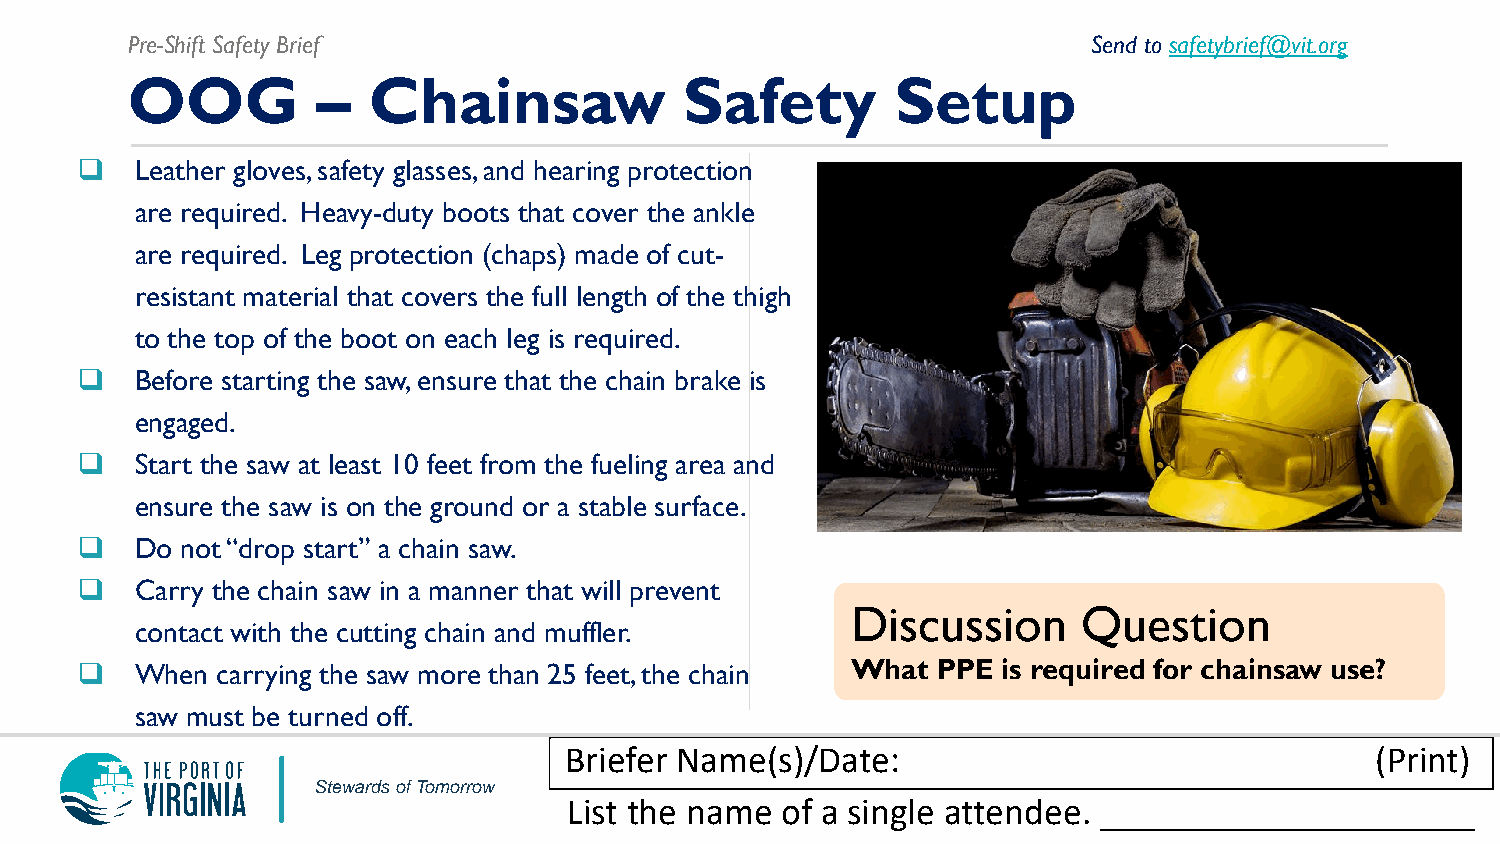
Pre-Shift Safety Brief                                          Send to safetybrief@vit.org
 OOG          –  Chainsaw             Safety        Setup
    Leather gloves, safety glasses, and hearing protection
 are required. Heavy-duty boots that cover the ankle
 are required. Leg protection (chaps) made of cut-
 resistant material that covers the full length of the thigh
 to the top of the boot on each leg is required.
    Before starting the saw, ensure that the chain brake is
 engaged.
    Start the saw at least 10 feet from the fueling area and
 ensure the saw is on the ground or a stable surface.
    Do not “drop start” a chain saw.
    Carry the chain saw in a manner that will prevent
 Discussion      Question
 contact with the cutting chain and muffler.
    When carrying the saw more than 25 feet, the chain What PPE is required for chainsaw use?
 saw must be turned off.
 Briefer Name(s)/Date:                                 (Print)
 Stewards of Tomorrow
 List the name of a single attendee. ____________________